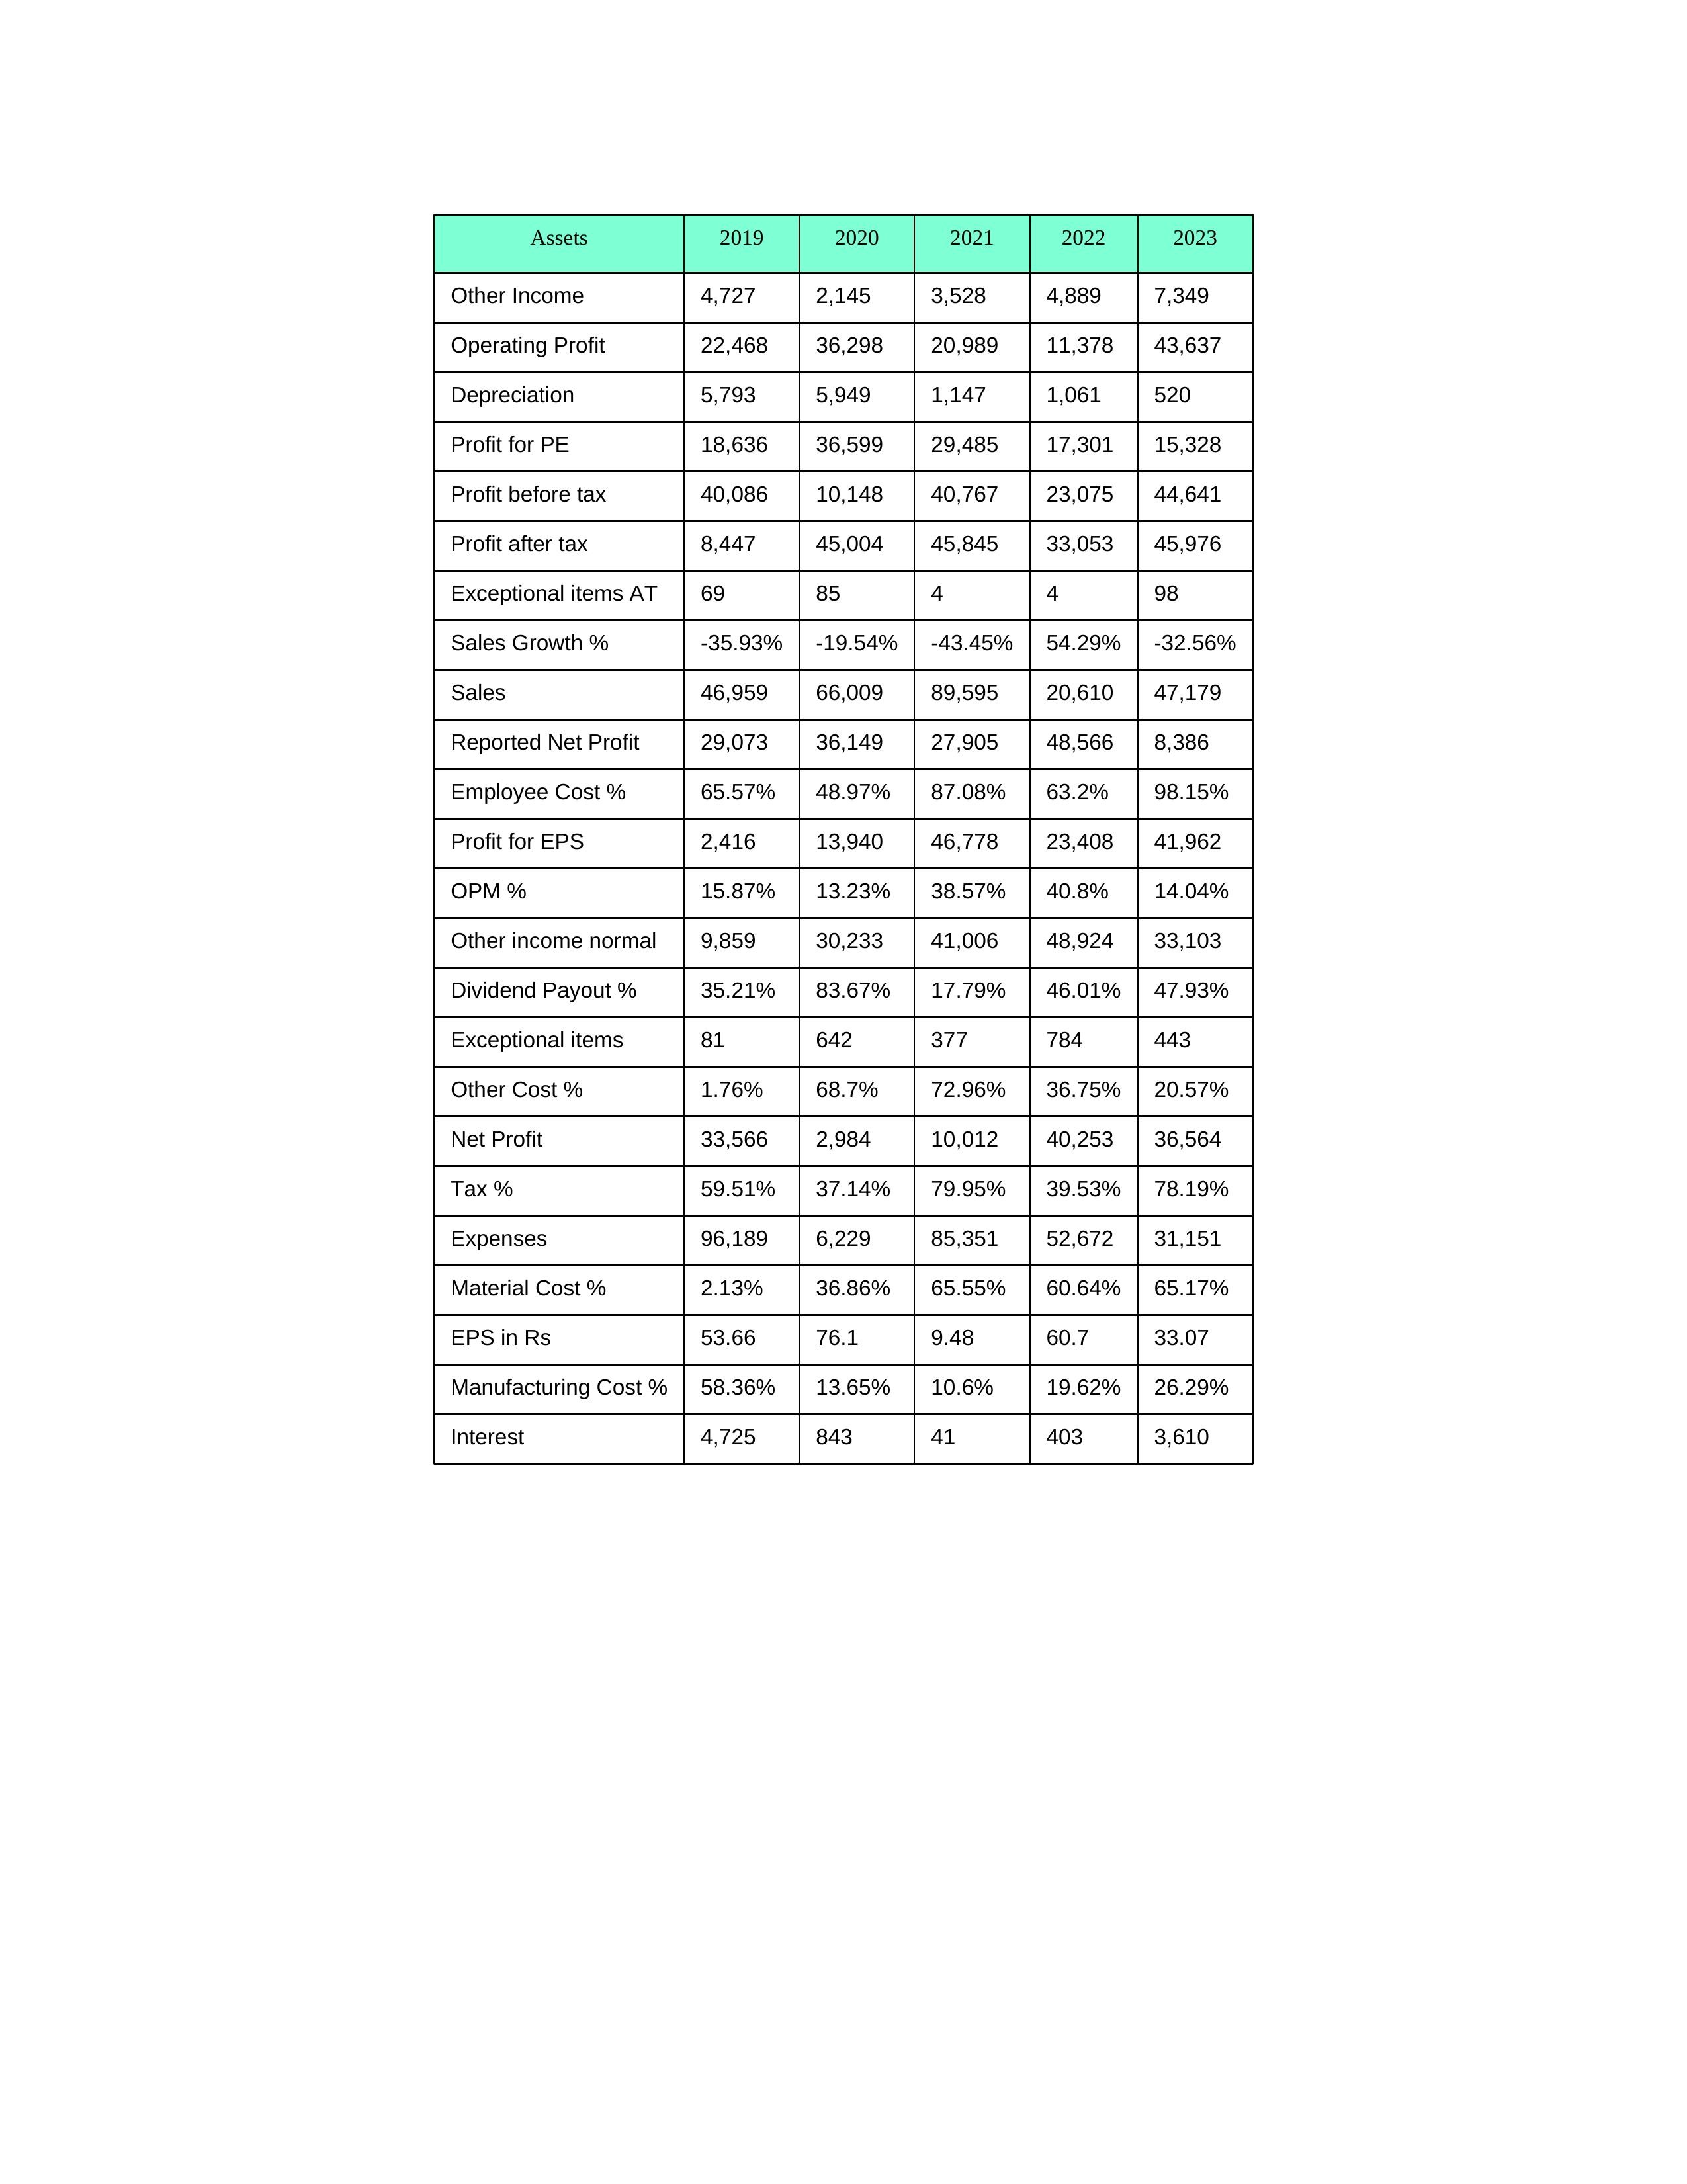
gt_parse: 2019: Sales: 46,959
Sales Growth %: -35.93%
Expenses: 96,189
Material Cost %: 2.13%
Manufacturing Cost %: 58.36%
Employee Cost %: 65.57%
Other Cost %: 1.76%
Operating Profit: 22,468
OPM %: 15.87%
Other Income: 4,727
Exceptional items: 81
Other income normal: 9,859
Interest: 4,725
Depreciation: 5,793
Profit before tax: 40,086
Tax %: 59.51%
Net Profit: 33,566
Profit after tax: 8,447
Reported Net Profit: 29,073
Profit for EPS: 2,416
Exceptional items AT: 69
Profit for PE: 18,636
EPS in Rs: 53.66
Dividend Payout %: 35.21%
2020: Sales: 66,009
Sales Growth %: -19.54%
Expenses: 6,229
Material Cost %: 36.86%
Manufacturing Cost %: 13.65%
Employee Cost %: 48.97%
Other Cost %: 68.7%
Operating Profit: 36,298
OPM %: 13.23%
Other Income: 2,145
Exceptional items: 642
Other income normal: 30,233
Interest: 843
Depreciation: 5,949
Profit before tax: 10,148
Tax %: 37.14%
Net Profit: 2,984
Profit after tax: 45,004
Reported Net Profit: 36,149
Profit for EPS: 13,940
Exceptional items AT: 85
Profit for PE: 36,599
EPS in Rs: 76.1
Dividend Payout %: 83.67%
2021: Sales: 89,595
Sales Growth %: -43.45%
Expenses: 85,351
Material Cost %: 65.55%
Manufacturing Cost %: 10.6%
Employee Cost %: 87.08%
Other Cost %: 72.96%
Operating Profit: 20,989
OPM %: 38.57%
Other Income: 3,528
Exceptional items: 377
Other income normal: 41,006
Interest: 41
Depreciation: 1,147
Profit before tax: 40,767
Tax %: 79.95%
Net Profit: 10,012
Profit after tax: 45,845
Reported Net Profit: 27,905
Profit for EPS: 46,778
Exceptional items AT: 4
Profit for PE: 29,485
EPS in Rs: 9.48
Dividend Payout %: 17.79%
2022: Sales: 20,610
Sales Growth %: 54.29%
Expenses: 52,672
Material Cost %: 60.64%
Manufacturing Cost %: 19.62%
Employee Cost %: 63.2%
Other Cost %: 36.75%
Operating Profit: 11,378
OPM %: 40.8%
Other Income: 4,889
Exceptional items: 784
Other income normal: 48,924
Interest: 403
Depreciation: 1,061
Profit before tax: 23,075
Tax %: 39.53%
Net Profit: 40,253
Profit after tax: 33,053
Reported Net Profit: 48,566
Profit for EPS: 23,408
Exceptional items AT: 4
Profit for PE: 17,301
EPS in Rs: 60.7
Dividend Payout %: 46.01%
2023: Sales: 47,179
Sales Growth %: -32.56%
Expenses: 31,151
Material Cost %: 65.17%
Manufacturing Cost %: 26.29%
Employee Cost %: 98.15%
Other Cost %: 20.57%
Operating Profit: 43,637
OPM %: 14.04%
Other Income: 7,349
Exceptional items: 443
Other income normal: 33,103
Interest: 3,610
Depreciation: 520
Profit before tax: 44,641
Tax %: 78.19%
Net Profit: 36,564
Profit after tax: 45,976
Reported Net Profit: 8,386
Profit for EPS: 41,962
Exceptional items AT: 98
Profit for PE: 15,328
EPS in Rs: 33.07
Dividend Payout %: 47.93%